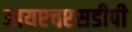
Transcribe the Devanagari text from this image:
आयएचएसडीपी